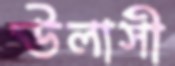
উলাসী